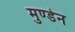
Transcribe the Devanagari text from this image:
मुण्‍डेन